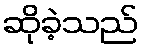
ဆိုခဲ့သည်